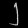
Digit: ၂